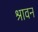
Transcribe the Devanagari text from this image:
श्रावन